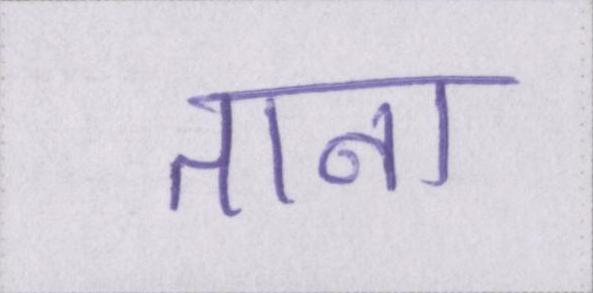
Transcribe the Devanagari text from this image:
ताना